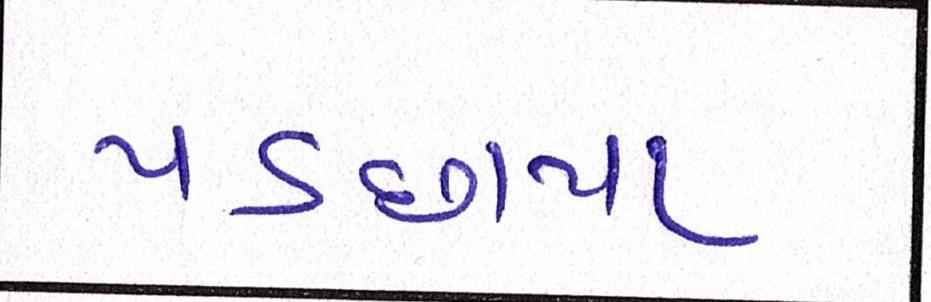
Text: પડછાયા